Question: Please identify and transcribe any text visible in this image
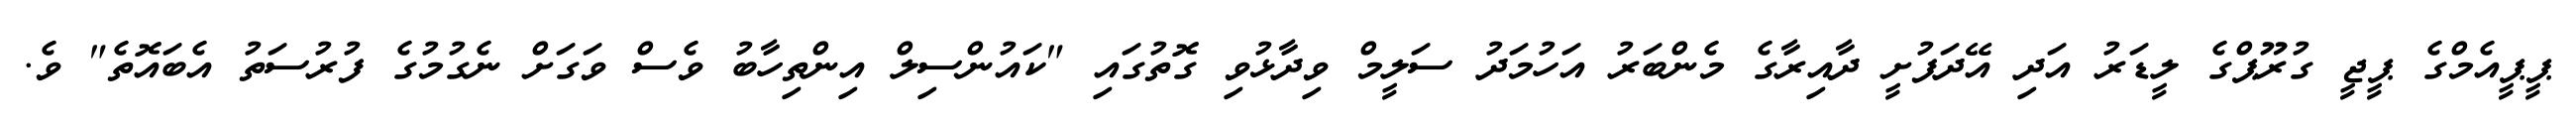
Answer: ޕީޕީއެމްގެ ޕީޖީ ގުރޫޕްގެ ލީޑަރު އަދި އޭދަފުށީ ދާއިރާގެ މެންބަރު އަހުމަދު ސަލީމް ވިދާޅުވި ގޮތުގައި "ކައުންސިލް އިންތިހާބު ވެސް ވަގަށް ނެގުމުގެ ފުރުސަތު އެބައޮތެ" ވެ.